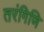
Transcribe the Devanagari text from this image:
तरंगिणि